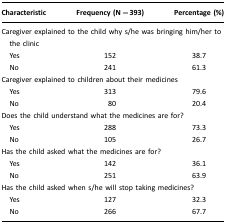
<table><thead><tr><td><b>Characteristic</b></td><td><b>Frequency (N=393)</b></td><td><b>Percentage (%)</b></td></tr></thead><tbody><tr><td colspan="3">Caregiver explained to the child why s/he was bringing him/her to the clinic</td></tr><tr><td> Yes</td><td>152</td><td>38.7</td></tr><tr><td> No</td><td>241</td><td>61.3</td></tr><tr><td colspan="3">Caregiver explained to children about their medicines</td></tr><tr><td> Yes</td><td>313</td><td>79.6</td></tr><tr><td> No</td><td>80</td><td>20.4</td></tr><tr><td colspan="3">Does the child understand what the medicines are for?</td></tr><tr><td> Yes</td><td>288</td><td>73.3</td></tr><tr><td> No</td><td>105</td><td>26.7</td></tr><tr><td colspan="3">Has the child asked what the medicines are for?</td></tr><tr><td> Yes</td><td>142</td><td>36.1</td></tr><tr><td> No</td><td>251</td><td>63.9</td></tr><tr><td colspan="3">Has the child asked when s/he will stop taking medicines?</td></tr><tr><td> Yes</td><td>127</td><td>32.3</td></tr><tr><td> No</td><td>266</td><td>67.7</td></tr></tbody></table>